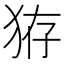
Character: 𤞐